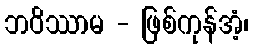
ဘဝိဿာမ - ဖြစ်ကုန်အံ့၊